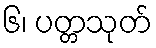
၆၊ ပတ္တသုတ်